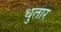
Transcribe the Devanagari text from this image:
धुतार